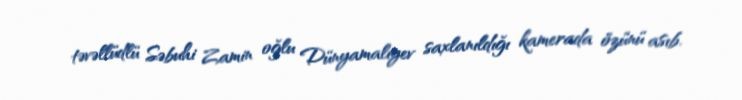
təvəllüdlü Səbuhi Zamin oğlu Dünyamalıyev saxlanıldığı kamerada özünü asıb.